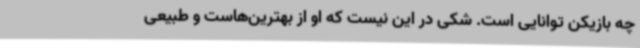
چه بازیکن توانایی است. شکی در این نیست که او از بهترین‌هاست و طبیعی